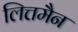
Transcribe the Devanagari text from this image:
लित्तमैन